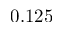
0 . 1 2 5